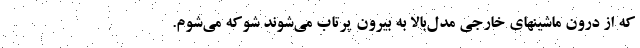
که از درون ماشینهای خارجی مدل‌بالا به بیرون پرتاب می‌شوند شوکه می‌شوم.